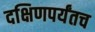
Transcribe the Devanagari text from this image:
दक्षिणपर्यंतच